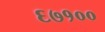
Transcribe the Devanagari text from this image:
६७१००